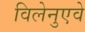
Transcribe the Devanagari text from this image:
विलेनुएवे